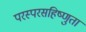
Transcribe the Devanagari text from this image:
परस्परसहिष्णुता